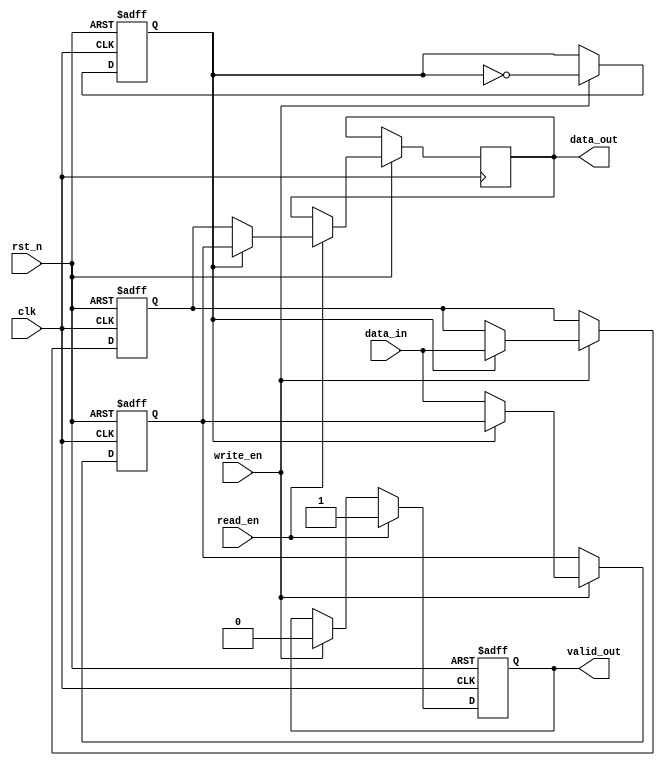
module double_buffer_register #(
    parameter DATA_WIDTH = 32 // Define the width of the data word
)(
    input  wire                        clk,             // Clock signal
    input  wire                        rst_n,           // Active-low reset
    input  wire [DATA_WIDTH-1:0]      data_in,         // Input data
    input  wire                        write_en,        // Write enable signal
    input  wire                        read_en,         // Read enable signal
    output reg [DATA_WIDTH-1:0]       data_out,        // Output data
    output reg                        valid_out         // Valid signal for output data
);

    reg [DATA_WIDTH-1:0] buffer_a;               // Buffer A
    reg [DATA_WIDTH-1:0] buffer_b;               // Buffer B
    reg active_buffer;                          // Active buffer indicator

    // Synchronous reset and write operation
    always @(posedge clk or negedge rst_n) begin
        if (!rst_n) begin
            buffer_a <= {DATA_WIDTH{1'b0}};      // Clear Buffer A
            buffer_b <= {DATA_WIDTH{1'b0}};      // Clear Buffer B
            active_buffer <= 1'b0;                // Set to Buffer A initially
            valid_out <= 1'b0;                    // Output valid signal low
        end else begin
            if (write_en) begin
                if (active_buffer) begin
                    buffer_a <= data_in;          // Write data to Buffer A
                end else begin
                    buffer_b <= data_in;          // Write data to Buffer B
                end
                valid_out <= 1'b0;                // Reset valid signal during write
            end
            
            // Buffer switching after write
            if (write_en) begin
                active_buffer <= ~active_buffer; // Toggle active buffer after write
            end
            
            // Read operation
            if (read_en) begin
                if (active_buffer) begin
                    data_out <= buffer_b;        // Read from Buffer B if A is active
                end else begin
                    data_out <= buffer_a;        // Read from Buffer A if B is active
                end
                valid_out <= 1'b1;               // Set valid signal after read
            end
        end
    end

endmodule